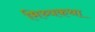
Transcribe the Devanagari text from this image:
मिथ्यकथा